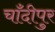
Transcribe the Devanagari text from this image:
चाँदीपुर